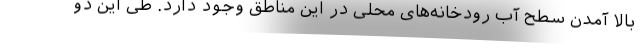
بالا آمدن سطح آب رودخانه‌های محلی در این مناطق وجود دارد. طی این دو